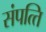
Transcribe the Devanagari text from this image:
संपत्‍ति